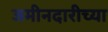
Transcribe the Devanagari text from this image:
जमीनदारीच्या